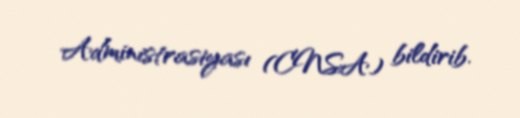
Administrasiyası (CNSA) bildirib.